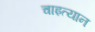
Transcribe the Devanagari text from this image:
चाइत्यान